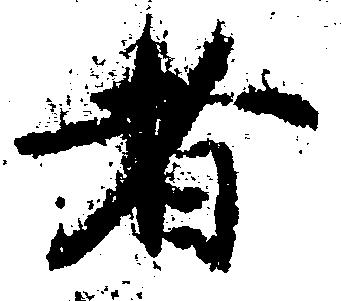
者